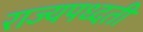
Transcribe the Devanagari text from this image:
राज्यपध्दती